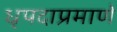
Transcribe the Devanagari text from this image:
धृपदाप्रमाणे